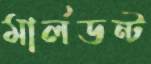
মার্লডন্ট